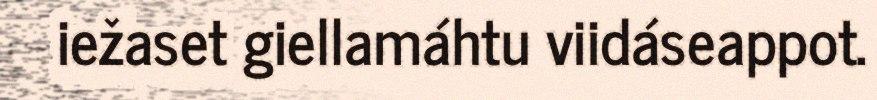
iežaset giellamáhtu viidáseappot.